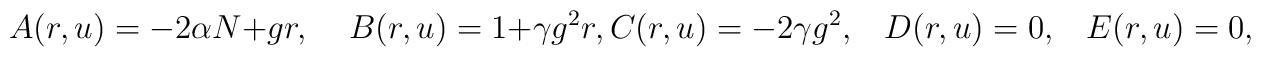
A(r,u) = - 2\alpha N + g r, \; \; \; \;  B(r,u) =  1 + \gamma g^{2} r, C(r,u) =  - 2 \gamma g^{2}, \; \; \; D(r,u)  =  0,  \; \; \; E(r,u)=0,